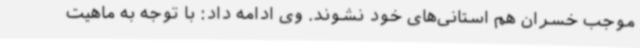
موجب خسران هم استانی‌های خود نشوند. وی ادامه داد: با توجه به ماهیت